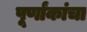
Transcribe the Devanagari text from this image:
पूर्णांकांचा